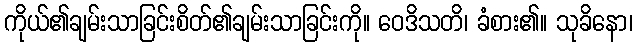
ကိုယ်၏ချမ်းသာခြင်းစိတ်၏ချမ်းသာခြင်းကို။ ဝေဒိသတိ၊ ခံစား၏။ သုခိနော၊